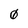
Character: 0